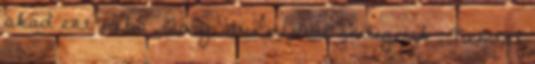
akad ezt néha Gary Stu névvel emlegetik . Nemtől